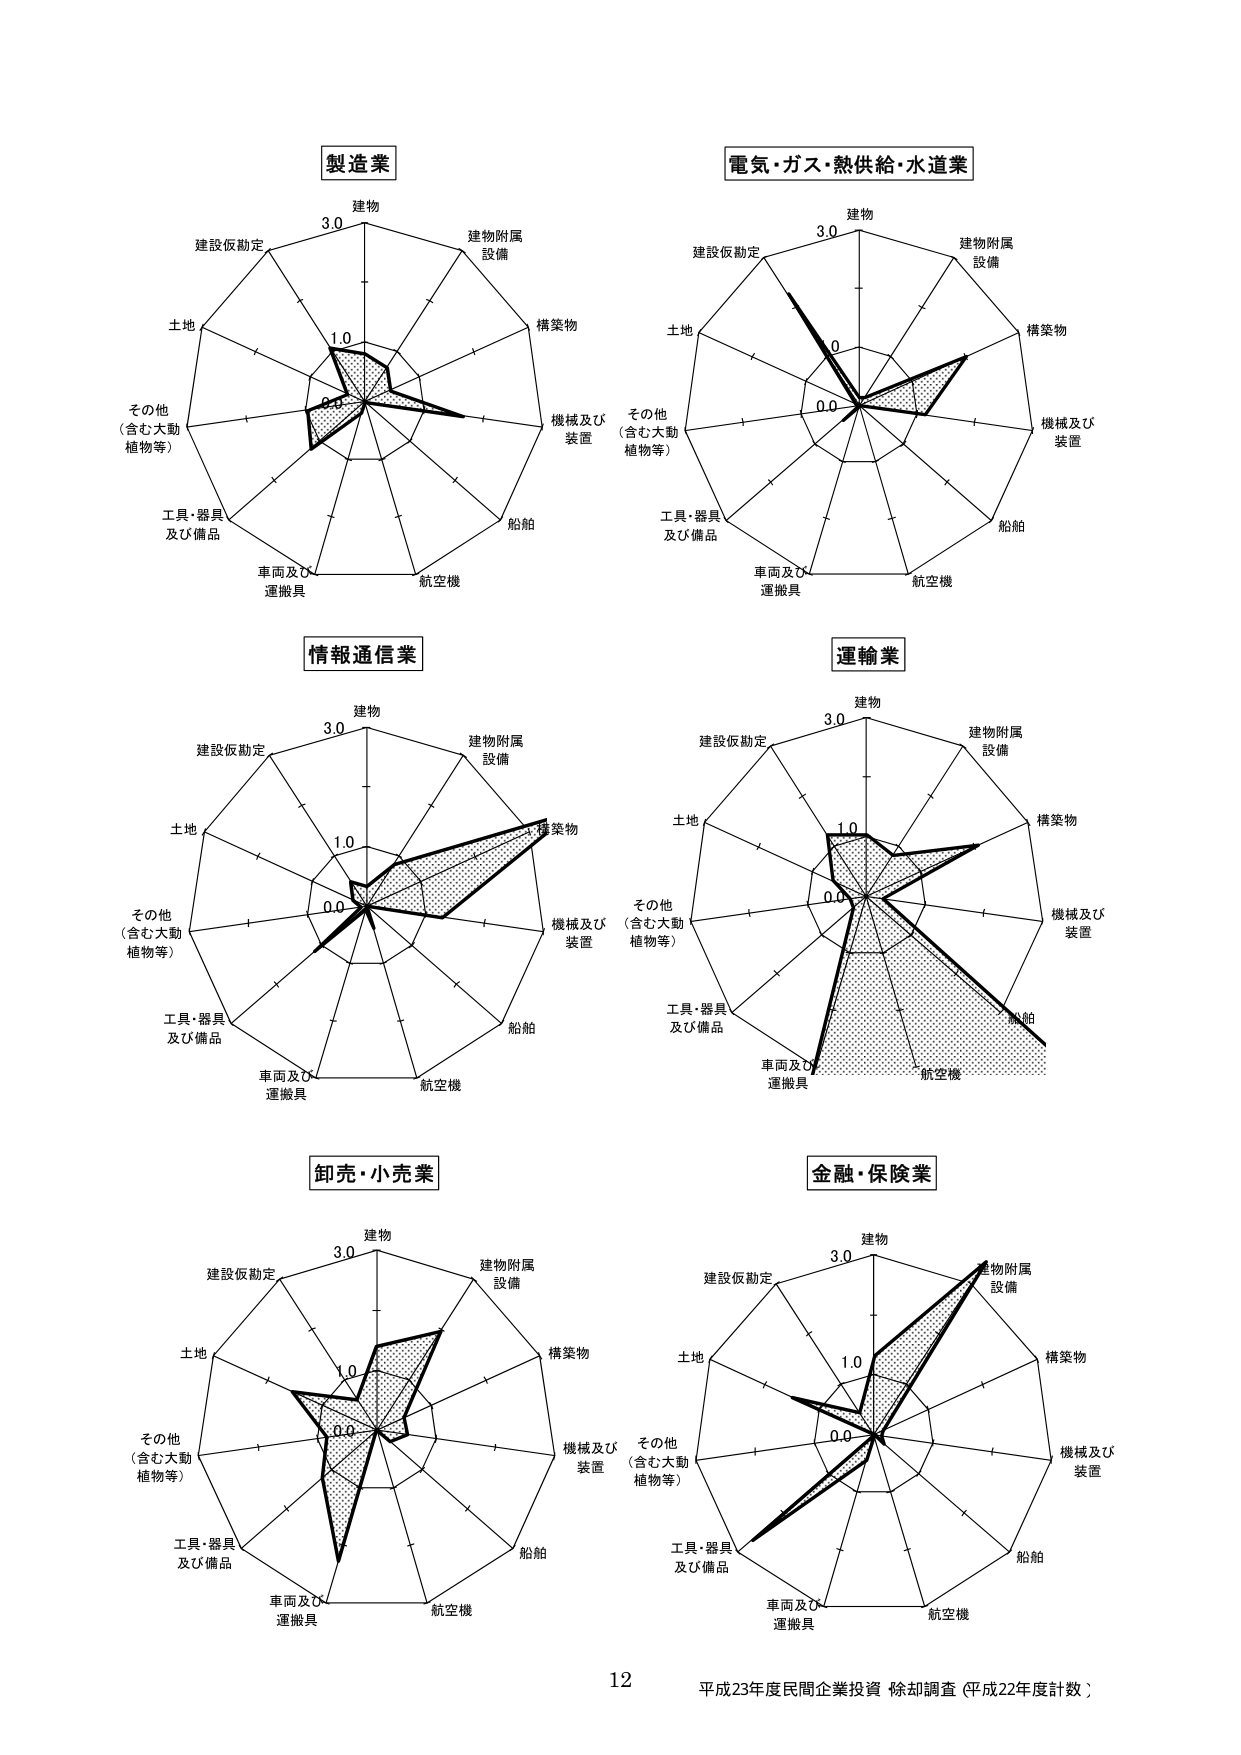
製造業
建物
建設仮勘定
土地
その他（含む大動植物等）
工具・器具及び備品
車両及び運搬具
航空機
船舶
機械及び装置
構築物
建物附属設備
3.0
1.0
0.0

電気・ガス・熱供給・水道業
建物
建設仮勘定
土地
その他（含む大動植物等）
工具・器具及び備品
車両及び運搬具
航空機
船舶
機械及び装置
構築物
建物附属設備
3.0
1.0
0.0

情報通信業
建物
建設仮勘定
土地
その他（含む大動植物等）
工具・器具及び備品
車両及び運搬具
航空機
船舶
機械及び装置
構築物
建物附属設備
3.0
1.0
0.0

運輸業
建物
建設仮勘定
土地
その他（含む大動植物等）
工具・器具及び備品
車両及び運搬具
航空機
船舶
機械及び装置
構築物
建物附属設備
3.0
1.0
0.0

卸売・小売業
建物
建設仮勘定
土地
その他（含む大動植物等）
工具・器具及び備品
車両及び運搬具
航空機
船舶
機械及び装置
構築物
建物附属設備
3.0
1.0
0.0

金融・保険業
建物
建設仮勘定
土地
その他（含む大動植物等）
工具・器具及び備品
車両及び運搬具
航空機
船舶
機械及び装置
構築物
建物附属設備
3.0
1.0
0.0

12
平成23年度民間企業投資 除却調査（平成22年度計数）